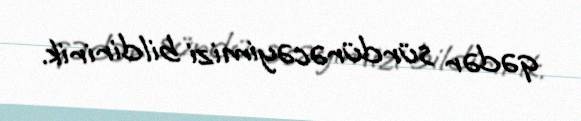
qədər sürdürəcəyimizi bildiririk.